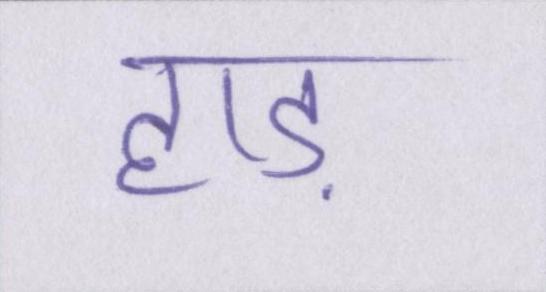
हाड़